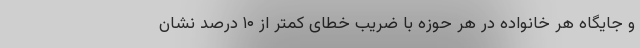
و جایگاه هر خانواده در هر حوزه با ضریب خطای کمتر از ۱۰ درصد نشان